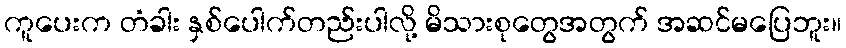
ကူပေးက တံခါး နှစ်ပေါက်တည်းပါလို့ မိသားစုတွေအတွက် အဆင်မပြေဘူး။